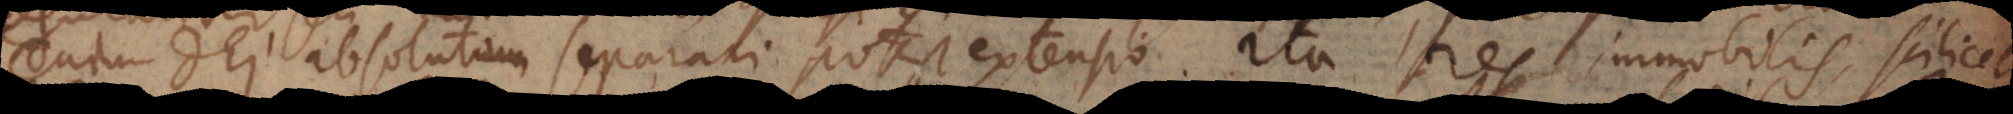
enim Dei absolutam separari potest extensio. Ita res immobilis, scilicet